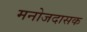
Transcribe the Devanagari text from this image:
मनोजदासक